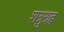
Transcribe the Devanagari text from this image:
शत्रुग्रह